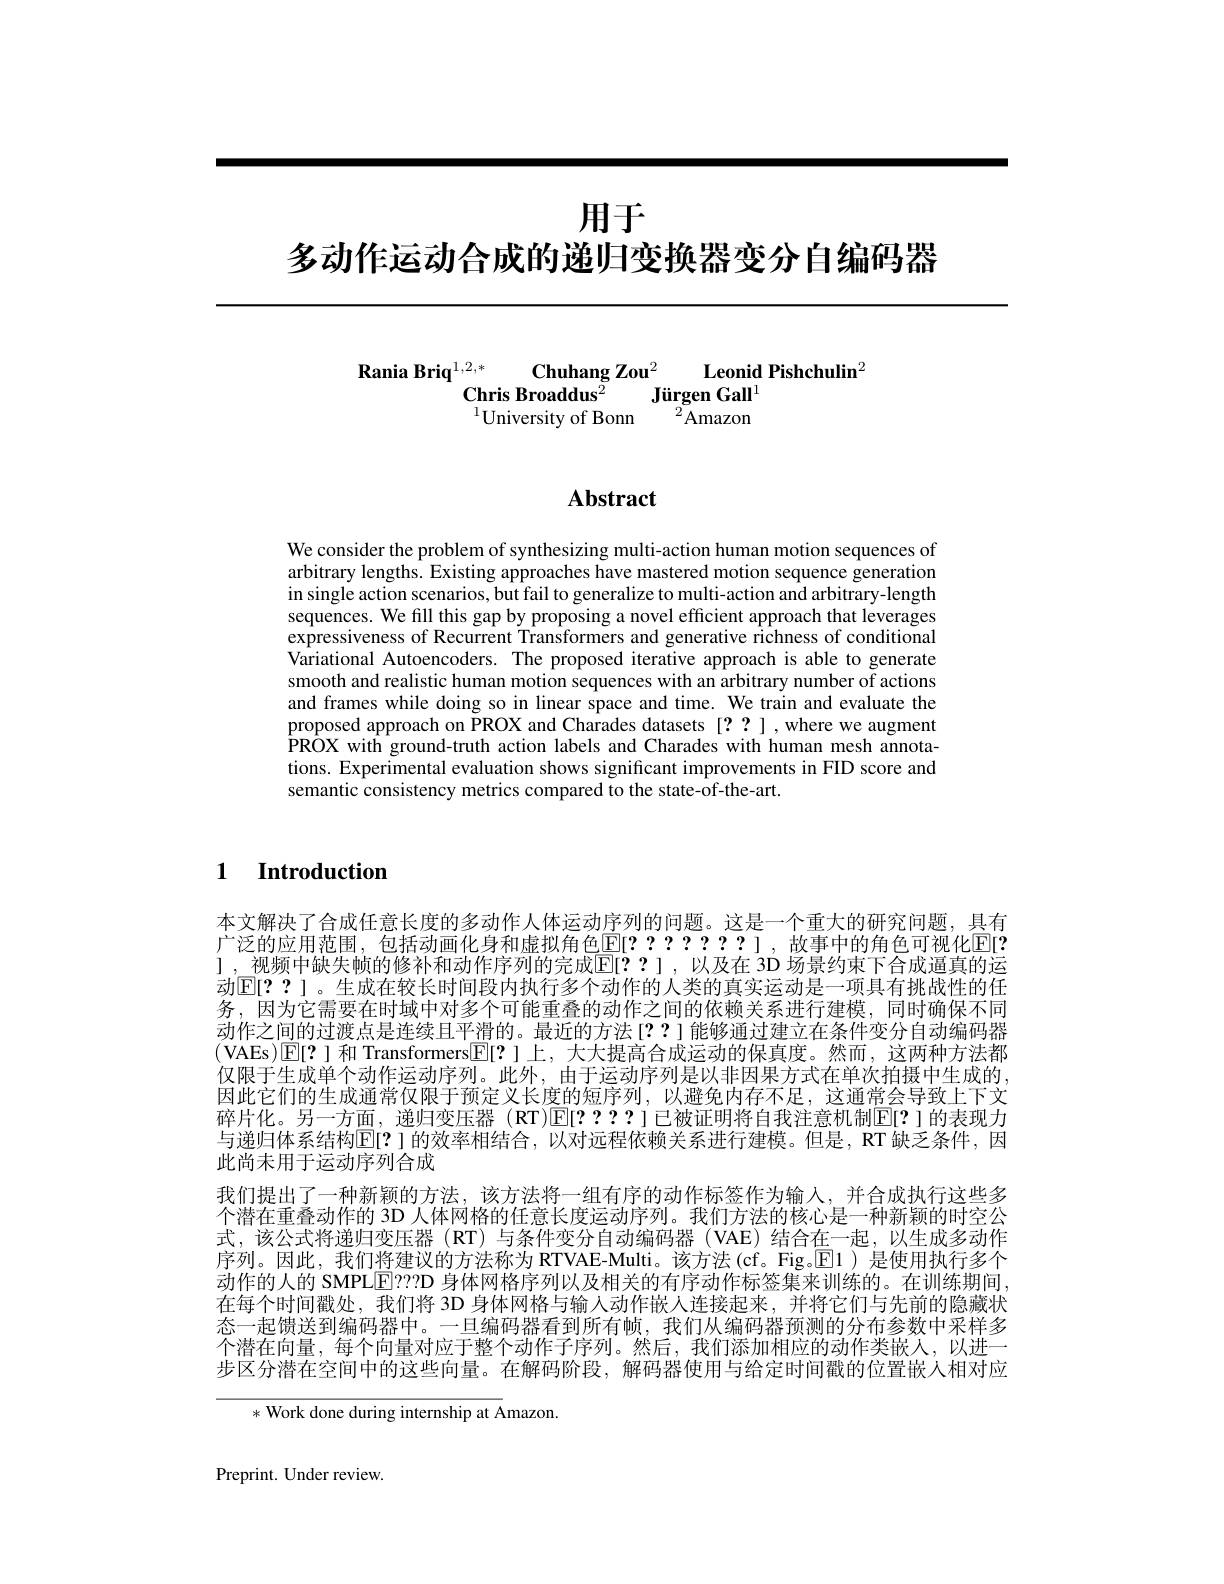
# 用于
多动作运动合成的递归变换器变分自编码器

Rania Briq$^{1,2,*}$
Chuhang Zou$^2$ Leonid Pishchulin$^2$
$\textbf{Chris Broaddus}^{2}$ $\textbf{J\"{u} rgen Gall}^{1}$ $^{1}$University of Bonn$^2$Amazon

## Abstract

We consider the problem of synthesizing multi-action human motion sequences of arbitrary lengths. Existing approaches have mastered motion sequence generation in single action scenarios, but fail to generalize to multi-action and arbitrary-length sequences. We fill this gap by proposing a novel efficient approach that leverages expressiveness of Recurrent Transformers and generative richness of conditional Variational Autoencoders. The proposed iterative approach is able to generate smooth and realistic human motion sequences with an arbitrary number of actions and frames while doing so in linear space and time. We train and evaluate the proposed approach on PROX and Charades datasets [??],where we augment PROX with ground-truth action labels and Charades with human mesh annotations. Experimental evaluation shows significant improvements in FID score and semantic consistency metrics compared to the state-of-the-art.

$\textbf{1}$ $\textbf{Introduction}$

本文解决了合成任意长度的多动作人体运动序列的问题。这是一个重大的研究问题，具有广泛的应用范围，包括动画化身和虚拟角色$\mathbb{E}[????????]$,故事中的角色可视化$\mathbb{E}[?$ ], 视频中缺失帧的修补和动作序列的完成$\mathbb{E}[??]$,以及在 3D 场景约束下合成通真的运动$\mathbb{E}[??]$。生成在较长时间段内执行多个动作的人类的真实运动是一项具有挑战性的任务，因为它需要在时域中对多个可能重叠的动作之间的依赖关系进行建模，同时确保不同动作之间的过渡点是连续且平滑的。最近的方法[??]能够通过建立在条件变分自动编码器(VAEs)☑[?]和 Transformers$\boxed{\mathbb{E}}[?]$上，大大提高合成运动的保真度。然而，这两种方法都仅限于生成单个动作运动序列。此外，由于运动序列是以非因果方式在单次拍摄中生成的， 因此它们的生成通常仅限于预定义长度的短序列，以避免内存不足，这通常会导致上下文碎片化。另一方面，递归变压器 (RT)$\overline{\mathbb{E}}[????]$已被证明将自我注意机制▣[?]的表现力与递归体系结构$\mathbb{E}[?]$ 的效率相结合，以对远程依赖关系进行建模。但是，RT 缺乏条件，因此尚未用于运动序列合成
我们提出了一种新颖的方法，该方法将一组有序的动作标签作为输入，并合成执行这些多个潜在重叠动作的 3D 人体网格的任意长度运动序列。我们方法的核心是一种新颖的时空公式，该公式将递归变压器 (RT)与条件变分自动编码器 (VAE) 结合在一起，以生成多动作序列。因此，我们将建议的方法称为 RTVAE-Multi。该方法(cf。Fig。$\boxed{\mathrm{E}}1$ )是使用执行多个动作的人的 SMPL$\underline{\mathrm{E}}???$D 身体网格序列以及相关的有序动作标签集来训练的。在训练期间， 在每个时间戳处，我们将 3D 身体网格与输入动作嵌人连接起来，并将它们与先前的隐藏状态一起馈送到编码器中。一旦编码器看到所有帧，我们从编码器预测的分布参数中采样多个潜在向量，每个向量对应于整个动作子序列。然后，我们添加相应的动作类嵌人，以进一步区分潜在空间中的这些向量。在解码阶段，解码器使用与给定时间戳的位置嵌人相对应

* Work done during internship at Amazon.

Preprint. Under review.